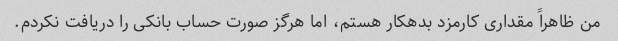
من ظاهراً مقداری کارمزد بدهکار هستم، اما هرگز صورت حساب بانکی را دریافت نکردم.